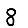
Digit: 8